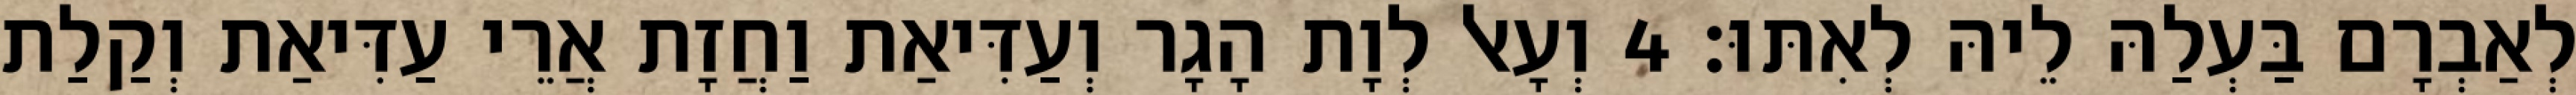
לְאַבְרָם בַּעְלַהּ לֵיהּ לְאִתּוּ׃ 4 וְעָאל לְוָת הָגָר וְעַדִּיאַת וַחֲזָת אֲרֵי עַדִּיאַת וְקַלַת